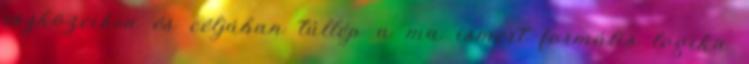
eszközeiben és céljában túllép a ma ismert formális logika